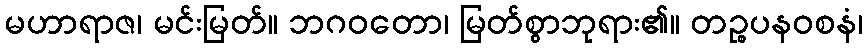
မဟာရာဇ၊ မင်းမြတ်။ ဘဂဝတော၊ မြတ်စွာဘုရား၏။ တဉ္စပနဝစနံ၊